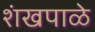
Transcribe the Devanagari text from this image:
शंखपाळे